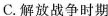
C.解放战争时期